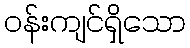
ဝန်းကျင်ရှိသော